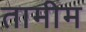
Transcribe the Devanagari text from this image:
तामीम